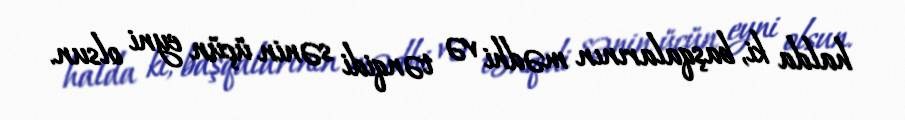
halda ki, başqalarının mədhi və tənqidi sənin üçün eyni olsun.